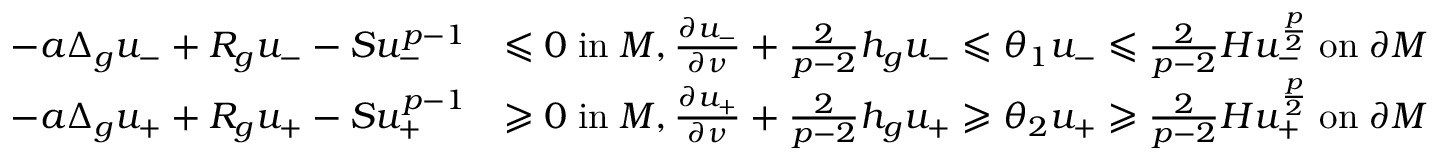
\begin{array} { r l } { - a \Delta _ { g } u _ { - } + R _ { g } u _ { - } - S u _ { - } ^ { p - 1 } } & { \leqslant 0 \; \mathrm { i n } \; M , \frac { \partial u _ { - } } { \partial \nu } + \frac { 2 } { p - 2 } h _ { g } u _ { - } \leqslant \theta _ { 1 } u _ { - } \leqslant \frac { 2 } { p - 2 } H u _ { - } ^ { \frac { p } { 2 } } \; \mathrm { o n } \; \partial M } \\ { - a \Delta _ { g } u _ { + } + R _ { g } u _ { + } - S u _ { + } ^ { p - 1 } } & { \geqslant 0 \; \mathrm { i n } \; M , \frac { \partial u _ { + } } { \partial \nu } + \frac { 2 } { p - 2 } h _ { g } u _ { + } \geqslant \theta _ { 2 } u _ { + } \geqslant \frac { 2 } { p - 2 } H u _ { + } ^ { \frac { p } { 2 } } \; \mathrm { o n } \; \partial M } \end{array}